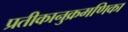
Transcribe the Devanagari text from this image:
प्रतीकानुक्रमणिका